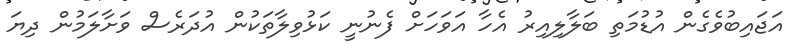
އަޖައިބުވެގެން އުޑުމަތި ބަލާލިއިރު އެހާ އަވަހަށް ފެނުނީ ކަޅުވިލާތަކުން އުދަރެސް ވަށާލަމުން ދިޔަ